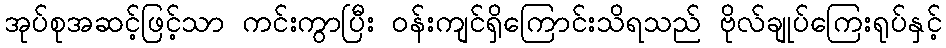
အုပ်စုအဆင့်ဖြင့်သာ ကင်းကွာပြီး ဝန်းကျင်ရှိကြောင်းသိရသည် ဗိုလ်ချုပ်ကြေးရုပ်နှင့်